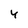
Character: Y